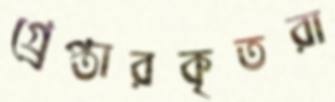
গ্র্রেপ্তারকৃতরা